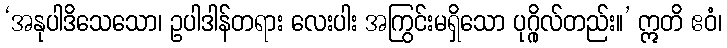
‘အနုပါဒိသေသော၊ ဥပါဒါန်တရား လေးပါး အကြွင်းမရှိသော ပုဂ္ဂိုလ်တည်း။’ ဣတိ ဧဝံ၊